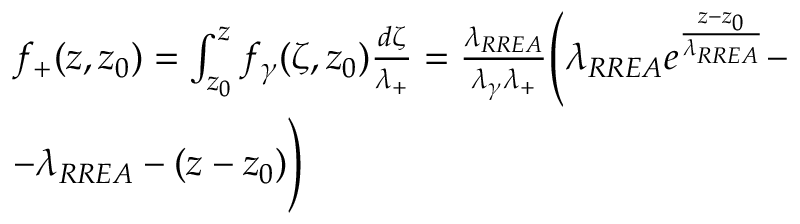
\begin{array} { r l } & { f _ { + } ( z , z _ { 0 } ) = \int _ { z _ { 0 } } ^ { z } f _ { \gamma } ( \zeta , z _ { 0 } ) \frac { d \zeta } { \lambda _ { + } } = \frac { \lambda _ { R R E A } } { \lambda _ { \gamma } \lambda _ { + } } \Biggl ( \lambda _ { R R E A } e ^ { \frac { z - z _ { 0 } } { \lambda _ { R R E A } } } - } \\ & { - \lambda _ { R R E A } - ( z - z _ { 0 } ) \Biggr ) } \end{array}